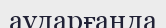
аударғаңда